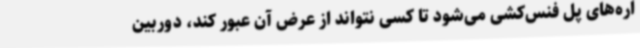
اره‌های پل فنس‌کشی می‌شود تا کسی نتواند از عرض آن عبور کند، دوربین